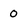
Character: 0